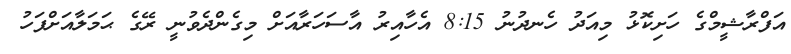
އަފްރާޝީމްގެ ހަށިކޮޅު މިއަދު ހެނދުނު 8:15 އެހާއިރު އާސަހަރާއަށް މިގެންދެވުނީ ރޭގެ ޙަމަލާއަށްފަހު